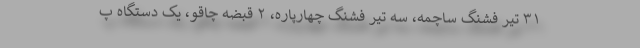
۳۱ تیر فشنگ ساچمه، سه تیر فشنگ چهارپاره، ۲ قبضه چاقو، یک دستگاه پ